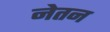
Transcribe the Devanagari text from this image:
नेतन